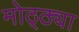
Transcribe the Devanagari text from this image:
मोठ्ठ्या